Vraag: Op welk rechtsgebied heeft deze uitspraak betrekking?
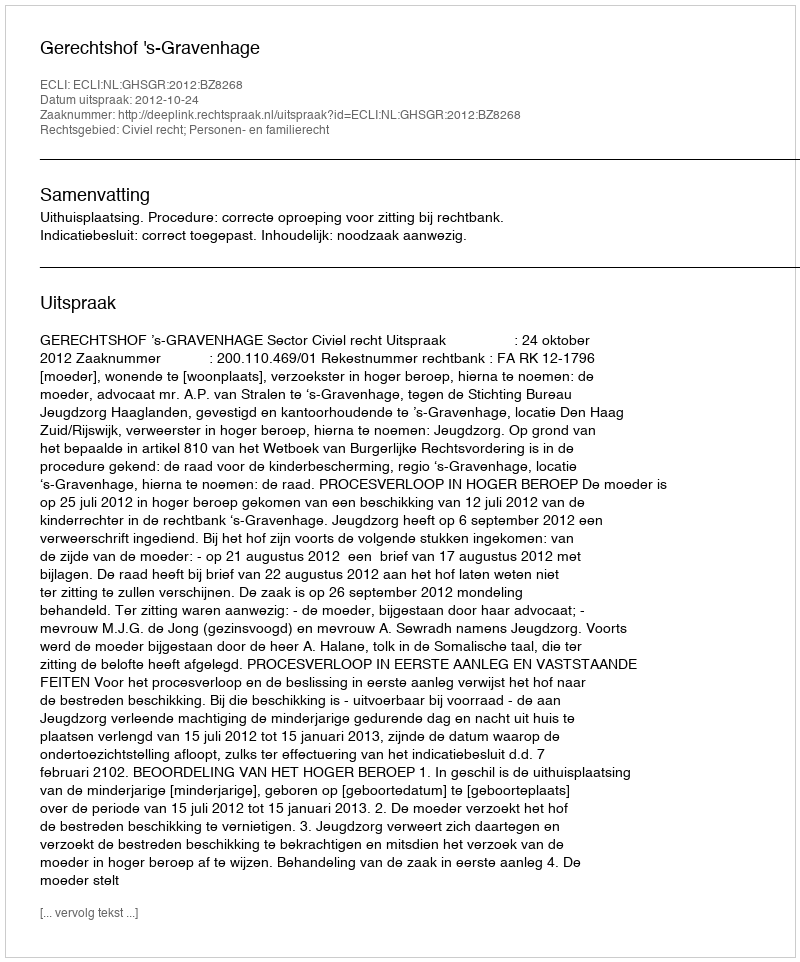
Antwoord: Civiel recht; Personen- en familierecht